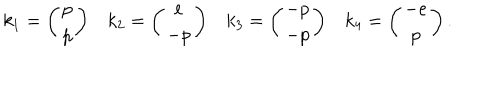
k _ { 1 } = \left( \begin{array} { c } { { p } } \\ { { p } } \\ \end{array} \right) k _ { 2 } = \left( \begin{array} { c } { { e } } \\ { { - p } } \\ \end{array} \right) k _ { 3 } = \left( \begin{array} { c } { { - p } } \\ { { - p } } \\ \end{array} \right) k _ { 4 } = \left( \begin{array} { c } { { - e } } \\ { { p } } \\ \end{array} \right) .